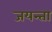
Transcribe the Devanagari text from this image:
जयन्ता